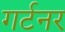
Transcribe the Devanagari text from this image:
गर्टनर